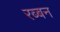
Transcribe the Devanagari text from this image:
रब्बन